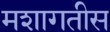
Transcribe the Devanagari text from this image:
मशागतीस